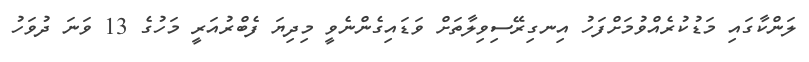
ލަންކާގައި މަޑުކުރެއްވުމަށްފަހު އިނގިރޭސިވިލާތަށް ވަޑައިގެންނެވީ މިދިޔަ ފެބްރުއަރީ މަހުގެ 13 ވަނަ ދުވަހު